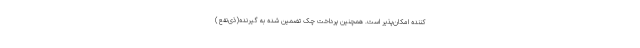
کننده امکان‌پذیر است. همچنین پرداخت چک تضمین شده به گیرنده(ذی‌نفع)